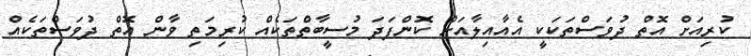
ކުރިއަށް އޮތް ދުވަސްތަކަކީ އެއާއިލާއަށް ކޮންފަދަ މުސީބާތްތަކެއް ކުރިމަތި ވާން އޮތް ދުވަސްތަކެއް